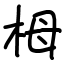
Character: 栂